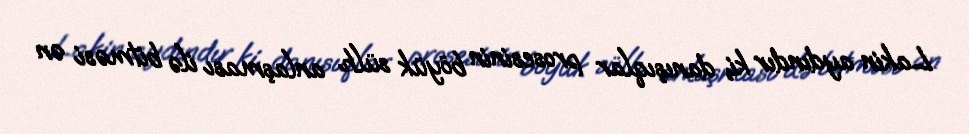
Lakin aydındır ki, danışıqlar prosesinin böyük sülh anlaşması ilə bitməsi ən